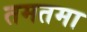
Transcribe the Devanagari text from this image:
तमतमा